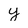
Character: y